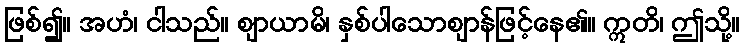
ဖြစ်၍။ အဟံ၊ ငါသည်။ ဈာယာမိ၊ နှစ်ပါသောဈာန်ဖြင့်နေ၏။ ဣတိ၊ ဤသို့။